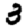
Digit: 3